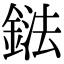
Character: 鍅